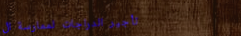
تأجير الدراجات لممارسة ال